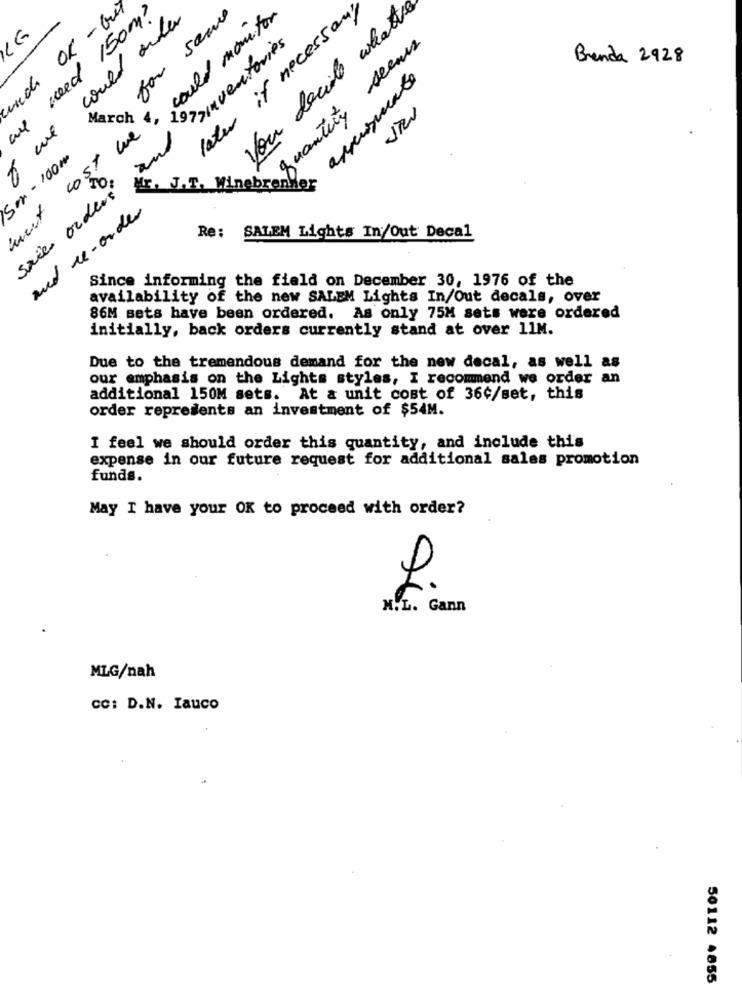
need Isom?
OK - bit
for same
later if necessary
you decide whatts
could order
we could monitor
>> inventories
seems
Brenda 2928
cerca
approximate
March
quantity
and
Sm-100#
COST
sales orders
dr. J. T. WI
ebrenMer
and re-order
Re: SALEM Lights In/Out Decal
Since informing the field on December 30, 1976 of the
availability of the new SALEM Lights In/Out decals, over
86M sets have been ordered. As only 75M sets were ordered
initially, back orders currently stand at over 11M.
Due to the tremendous demand for the new decal, as well as
our emphasis on the Lights styles, I recommend we order an
additional 150M sets. At & unit cost of 36c/set, this
order represents an investment of $54M.
I feel we should order this quantity, and include this
expense in our future request for additional sales promotion
funds.
May I have your OK to proceed with order?
2.
N.L. Gann
MLG/nah
CC: D.N. Iauco
SSO. ZTTOS